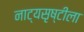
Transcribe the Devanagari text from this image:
नाट्यसृष्टीला